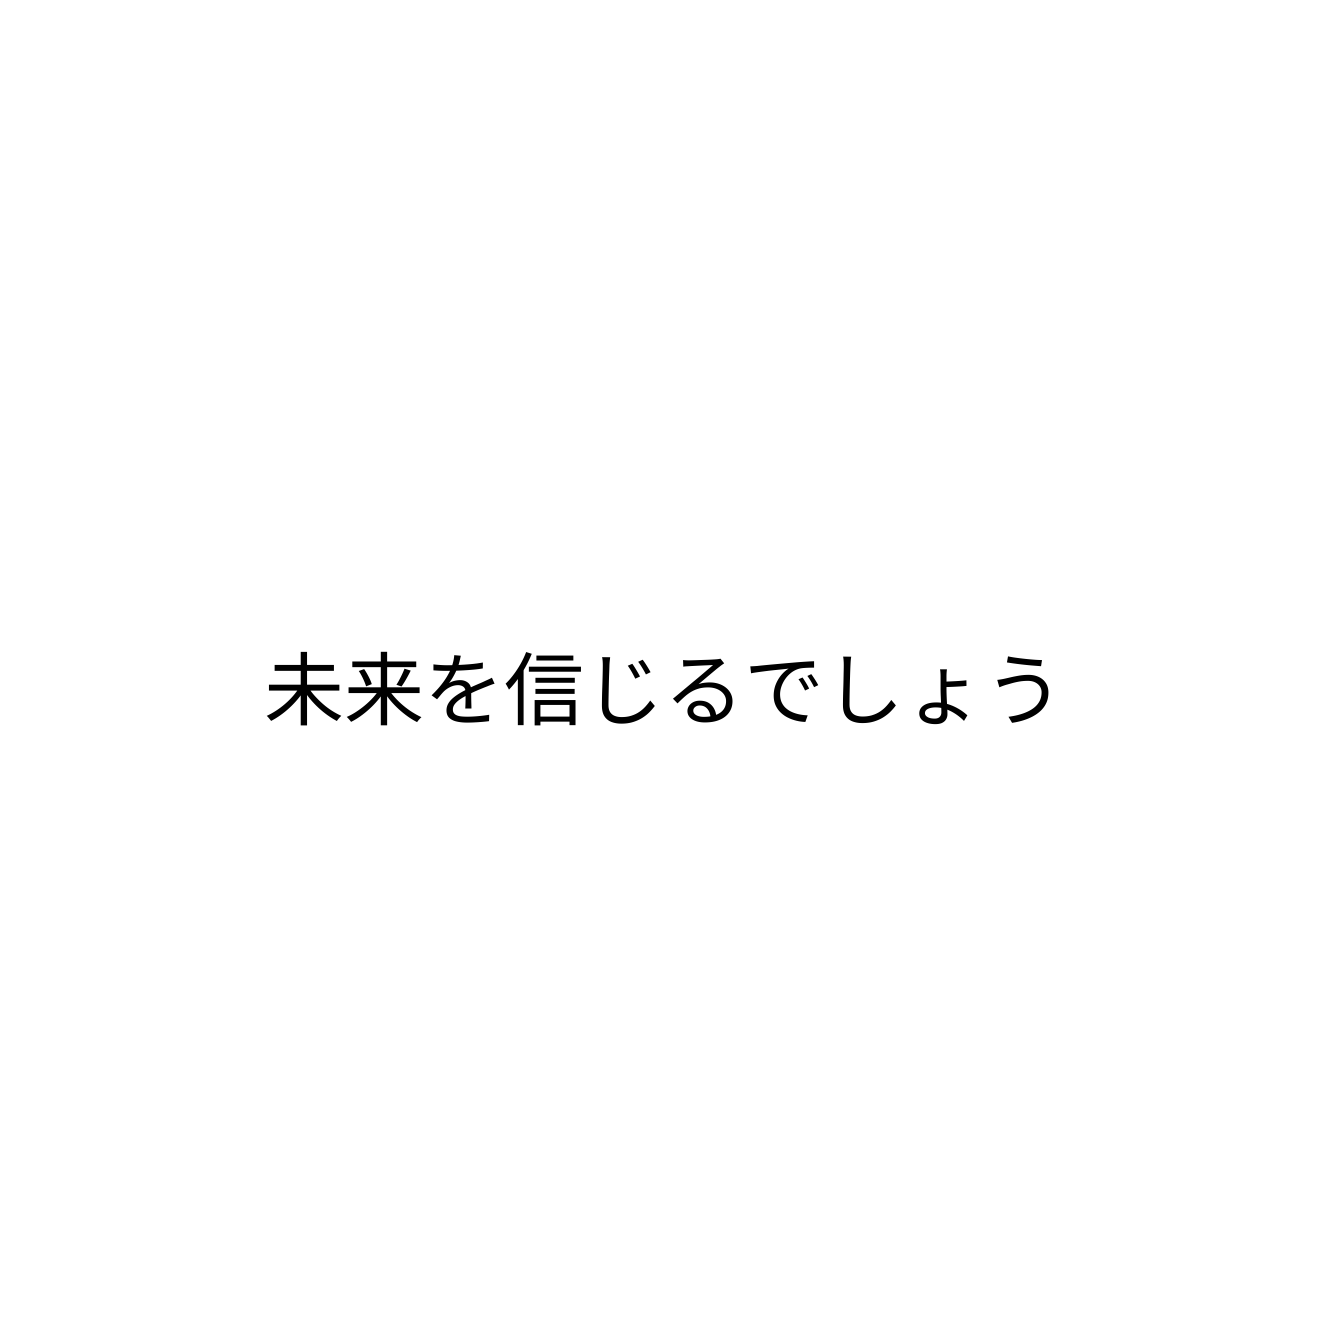
未来を信じるでしょう